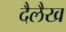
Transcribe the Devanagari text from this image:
दैलैख